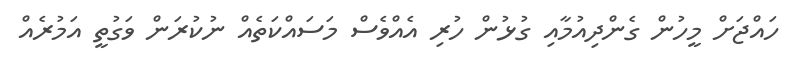
ހައްޖަށް މީހުން ގެންދިއުމާއި ގުޅުން ހުރި އެއްވެސް މަސައްކަތެއް ނުކުރަން ވަގުތީ އަމުރެއް